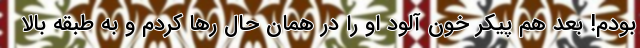
بودم! بعد هم پیکر خون آلود او را در همان حال رها کردم و به طبقه بالا